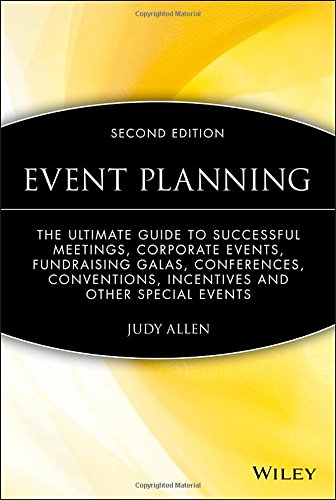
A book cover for Event Planning: The Ultimate Guide To Successful Meetings, Corporate Events, Fundraising Galas, Conferences, Conventions, Incentives and Other Special Events; Judy Allen; Business & Money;